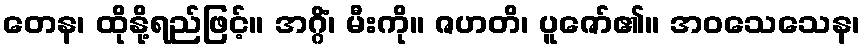
တေန၊ ထိုနို့ရည်ဖြင့်။ အဂ္ဂိံ၊ မီးကို။ ဇဟတိ၊ ပူဇော်၏။ အဝသေသေန၊